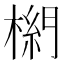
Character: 𣗭